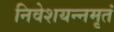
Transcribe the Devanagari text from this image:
निवेशयन्नमृतं